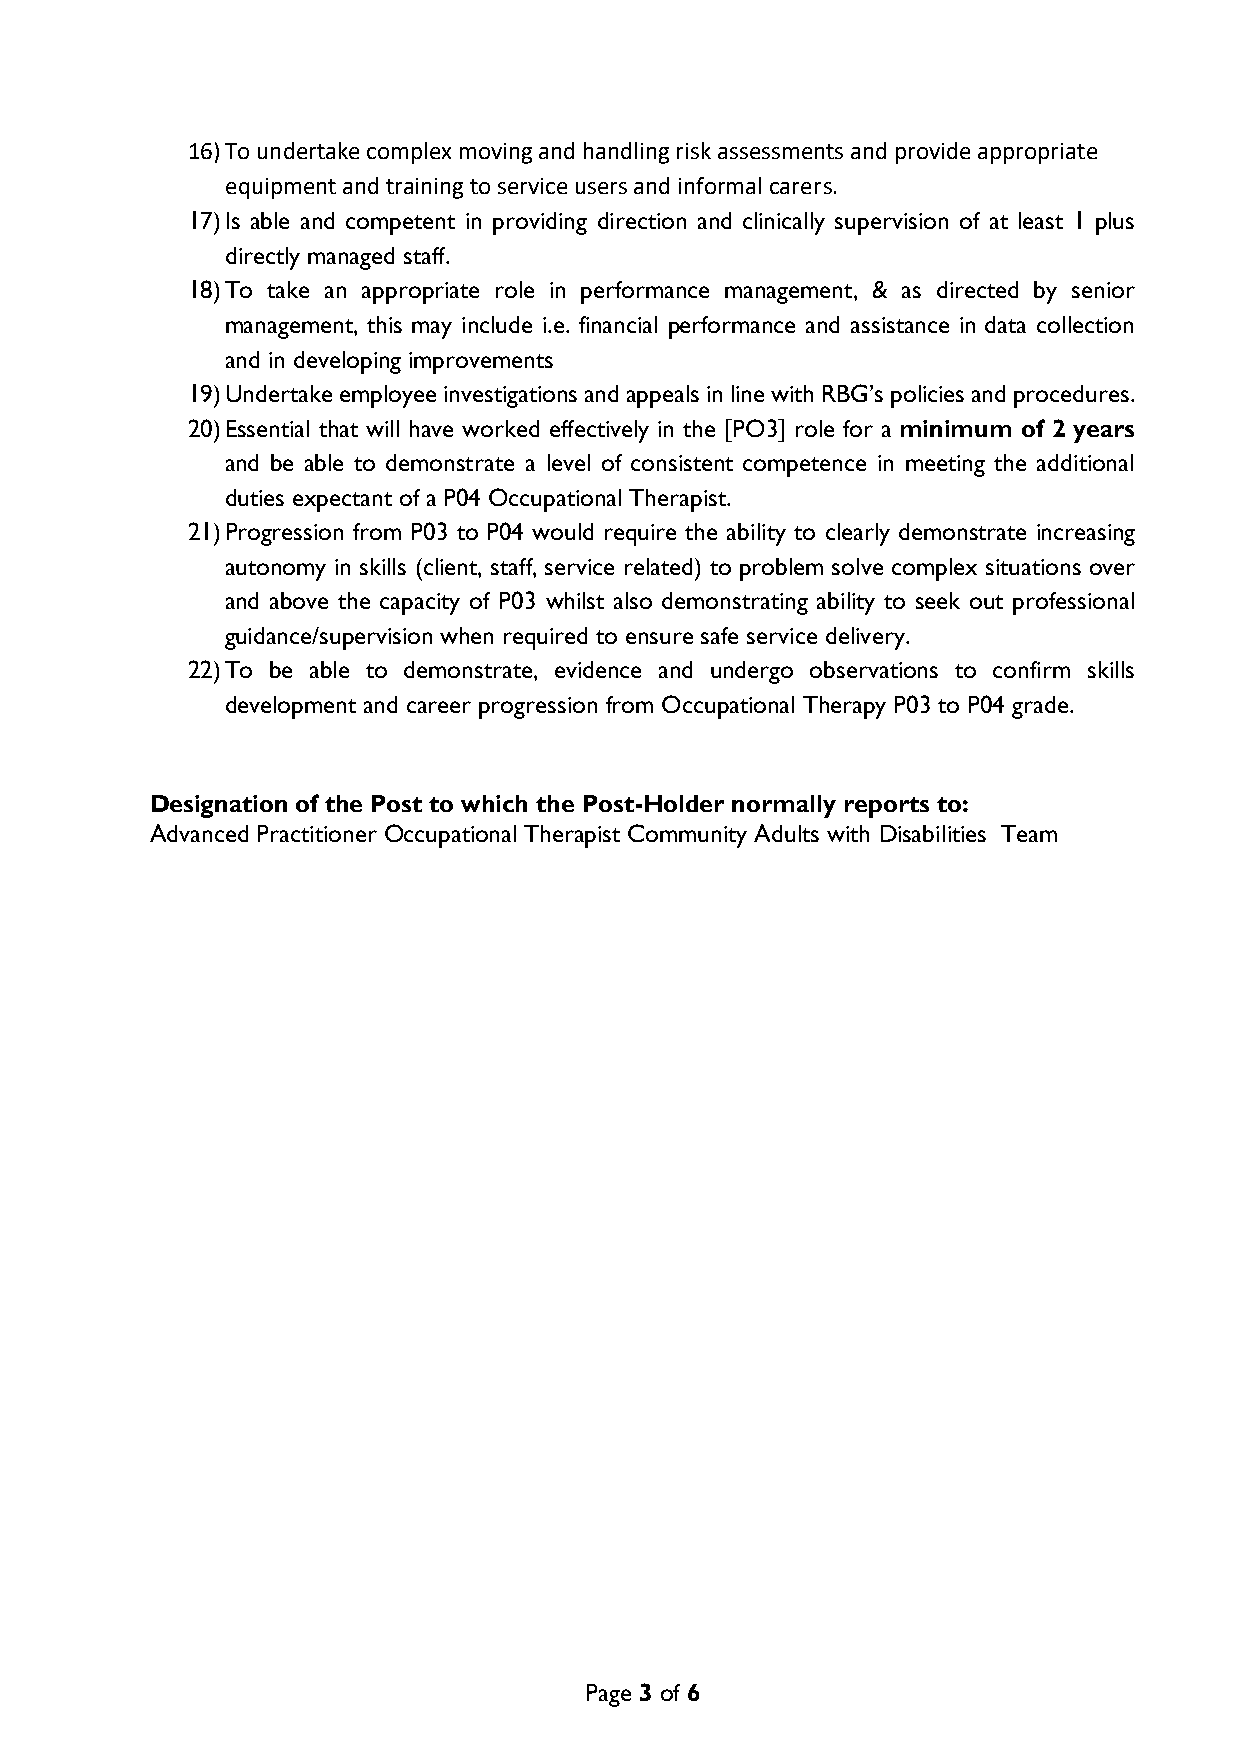
16) To undertake complex moving and handling risk assessments and provide appropriate
 equipment and training to service users and informal carers.
 17) Is able and competent in providing direction and clinically supervision of at least 1 plus
 directly managed staff.
 18) To take an appropriate role in performance management, & as directed by senior
 management, this may include i.e. financial performance and assistance in data collection
 and in developing improvements
 19) Undertake employee investigations and appeals in line with RBG’s policies and procedures.
 20) Essential that will have worked effectively in the [PO3] role for a minimum of 2 years
 and be able to demonstrate a level of consistent competence in meeting the additional
 duties expectant of a P04 Occupational Therapist.
 21) Progression from P03 to P04 would require the ability to clearly demonstrate increasing
 autonomy in skills (client, staff, service related) to problem solve complex situations over
 and above the capacity of P03 whilst also demonstrating ability to seek out professional
 guidance/supervision when required to ensure safe service delivery.
 22) To be able to demonstrate, evidence and undergo observations to confirm skills
 development and career progression from Occupational Therapy P03 to P04 grade.
 Designation of the Post to which the Post-Holder normally reports to:
 Advanced Practitioner Occupational Therapist Community Adults with Disabilities Team
 Page 3 of 6